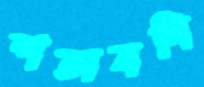
শতাবধি